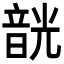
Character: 𩐣